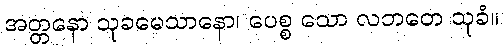
အတ္တနော သုခမေသာနော၊ ပေစ္စ သော လဘတေ သုခံ။